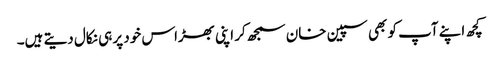
کچھ اپنے آپ کو بھی سپین خان سمجھ کر اپنی بھڑاس خود پر ہی نکال دیتے ہیں۔